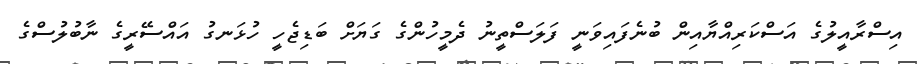
އިސްރާއީލުގެ އަސްކަރިއްޔާއިން ބުނެފައިވަނީ ފަލަސްތީނު ދެމީހުންގެ ގަޔަށް ބަޑިޖެހީ ހުޅަނގު އައްސޭރީގެ ނާބުލުސްގެ